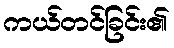
ကယ်တင်ခြင်း၏